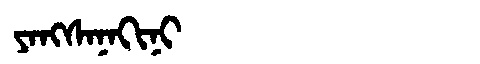
Manchu: ᠶᠠᠩᠰᠠᠨᠠᡴᡳᠨᡳ
Romanization: YANGSANAKINI